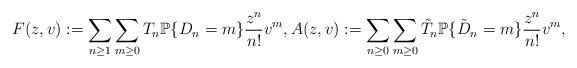
LaTeX: \begin{align*} F(z,v) := \sum_{n \ge 1} \sum_{m \ge 0} T_{n} \mathbb{P}\{D_{n}=m\} \frac{z^{n}}{n!} v^{m}, A(z,v) := \sum_{n \ge 0} \sum_{m \ge 0} \tilde{T}_{n} \mathbb{P}\{\tilde{D}_{n}=m\} \frac{z^{n}}{n!} v^{m},\end{align*}